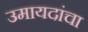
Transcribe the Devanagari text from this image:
उमायदांचा